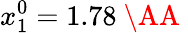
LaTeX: x_{1}^{0}=1.78\mathrm{~\AA~}